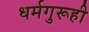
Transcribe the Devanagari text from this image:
धर्मगुरूही